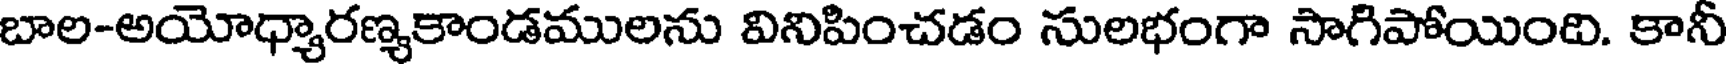
బాల-అయోధ్యారణ్యకాండములను వినిపించడం సులభంగా సాగిపోయింది. కానీ